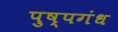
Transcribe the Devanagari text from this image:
पुष्पगंध